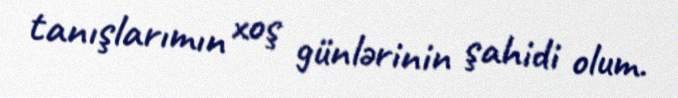
tanışlarımın xoş günlərinin şahidi olum.